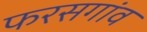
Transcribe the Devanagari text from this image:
फरसगांव